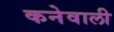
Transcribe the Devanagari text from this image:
कनेवाली